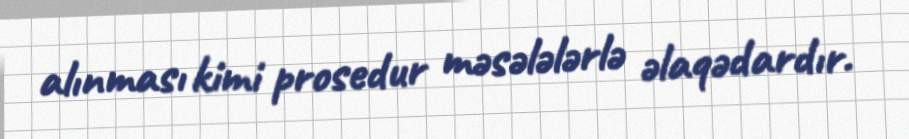
alınması kimi prosedur məsələlərlə əlaqədardır.